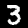
Label: 3